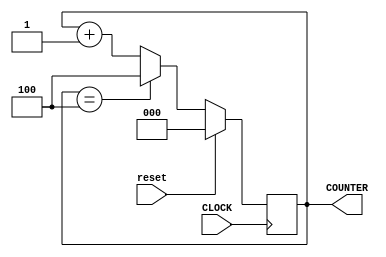
`timescale 1ns / 1ps
//////////////////////////////////////////////////////////////////////////////////
// Company: 
// Engineer: 
// 
// Design Name: 
// Module Name: counterOneHz
// Project Name: 
// Target Devices: 
// Tool Versions: 
// Description: 
// 
// Dependencies: 
// 
// Revision:
// Revision 0.01 - File Created
// Additional Comments:
// 
//////////////////////////////////////////////////////////////////////////////////


module counterOneHz(
    input CLOCK,
    input reset,
    output reg [2:0] COUNTER = 0
    );
    
    always @ (posedge CLOCK) begin
    
        if(reset == 0) begin
        
            COUNTER <= (COUNTER == 4) ? 4 : COUNTER + 1;
        
        end
        
        else begin
        
            COUNTER <= 0;
        
        end
       
    end
endmodule